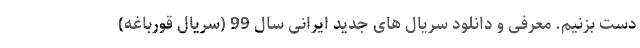
دست بزنیم. معرفی و دانلود سریال های جدید ایرانی سال 99 (سریال قورباغه)